Document type: Emphyteutic lease
Year: 1333
Scribe: Berenguer Simó
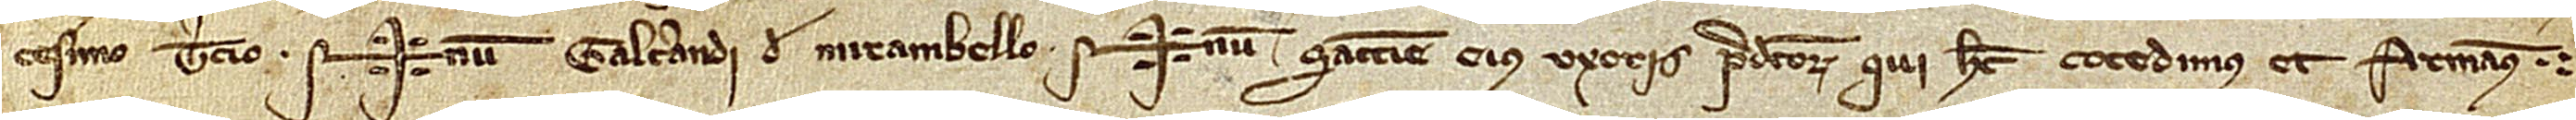
cesimo tercio.  Sig+num Galcerandi de Mirambello, Sig+num Sancie, eius uxoris, predictorum qui hec concedimus et firmamus.